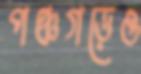
পঞ্চগড়েও